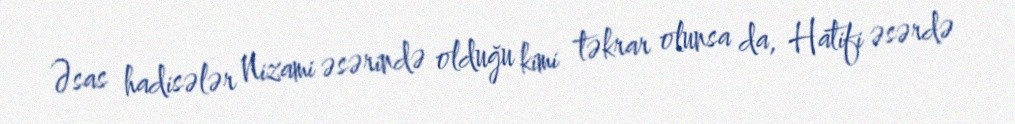
Əsas hadisələr Nizami əsərində olduğu kimi təkrar olunsa da, Hatifi əsərdə